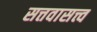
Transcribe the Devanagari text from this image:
सत्तवासत्त्व